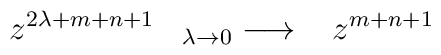
z^{2\lambda+m+n+1}\;\;\;{}_{\lambda\rightarrow 0}\longrightarrow \;\;\;z^{m+n+1}